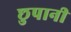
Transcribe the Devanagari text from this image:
छुपानी